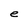
Character: e